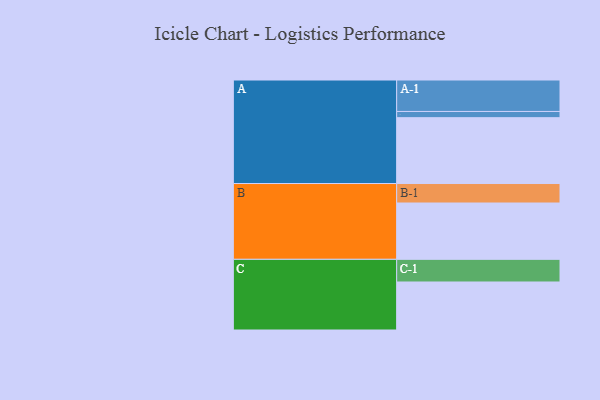
{"axis": {"x": "Segment", "y": "Value"}, "legend": ["", "A", "B", "C"], "data": [{"x": "A", "y": 561, "type": ""}, {"x": "B", "y": 480, "type": ""}, {"x": "C", "y": 409, "type": ""}, {"x": "A-1", "y": 268, "type": "A"}, {"x": "A-2", "y": 53, "type": "A"}, {"x": "B-1", "y": 166, "type": "B"}, {"x": "C-1", "y": 193, "type": "C"}]}